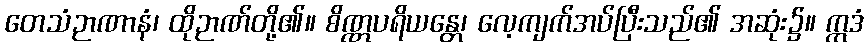
တေသံဉာဏာနံ၊ ထိုဉာဏ်တို့၏။ စိဏ္ဏပရိယန္တေ၊ လေ့ကျက်အပ်ပြီးသည်၏ အဆုံး၌။ ဣဒံ